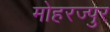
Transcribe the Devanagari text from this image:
मोहरज्पुर